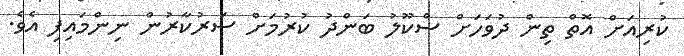
ކުރިއަށް އޮތް ތިން ދުވަހަށް ސްކޫލު ބަންދު ކުރުމަށް ސަރުކާރުން ނިންމައިފި އެވެ.